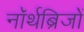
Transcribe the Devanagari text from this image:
नॉर्थब्रिजों